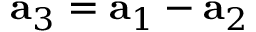
{ \bf a } _ { 3 } = { \bf a } _ { 1 } - { \bf a } _ { 2 }